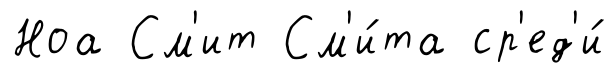
Ноа См'ит См'и́та ср'ед'и́